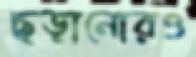
ছড়ানোরও